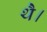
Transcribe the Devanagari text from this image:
थेै।